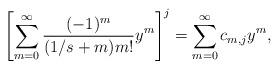
LaTeX: \begin{align*}\left[\sum_{m=0}^\infty\frac{(-1)^m}{(1/s+m)m!}y^m \right]^j=\sum_{m=0}^\infty c_{m,j} y^{m},\end{align*}